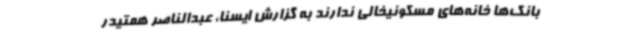
بانک‌ها خانه‌های مسکونیخالی ندارند به گزارش ایسنا، عبدالناصر همتیدر